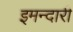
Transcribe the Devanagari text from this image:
इमन्दारी